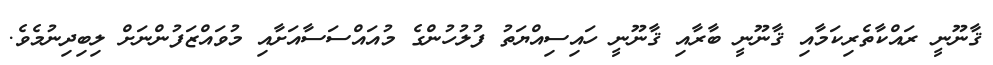
ޤާނޫނީ ރައްކާތެރިކަމާއި ޤާނޫނީ ބާރާއި ޤާނޫނީ ހައިސިއްޔަތު ފުލުހުންގެ މުއައްސަސާއަށާއި މުވައްޒަފުންނަށް ލިބިދިނުމެވެ.